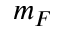
m _ { F }